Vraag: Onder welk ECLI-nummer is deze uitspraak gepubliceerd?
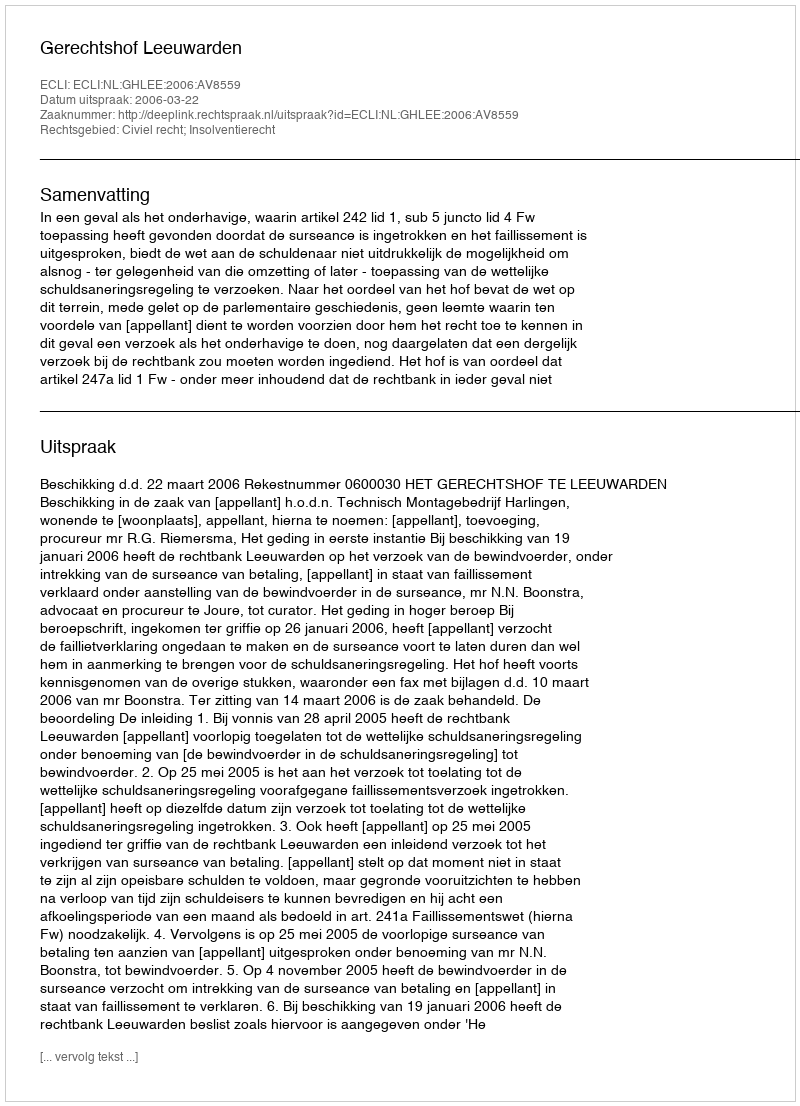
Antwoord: ECLI:NL:GHLEE:2006:AV8559